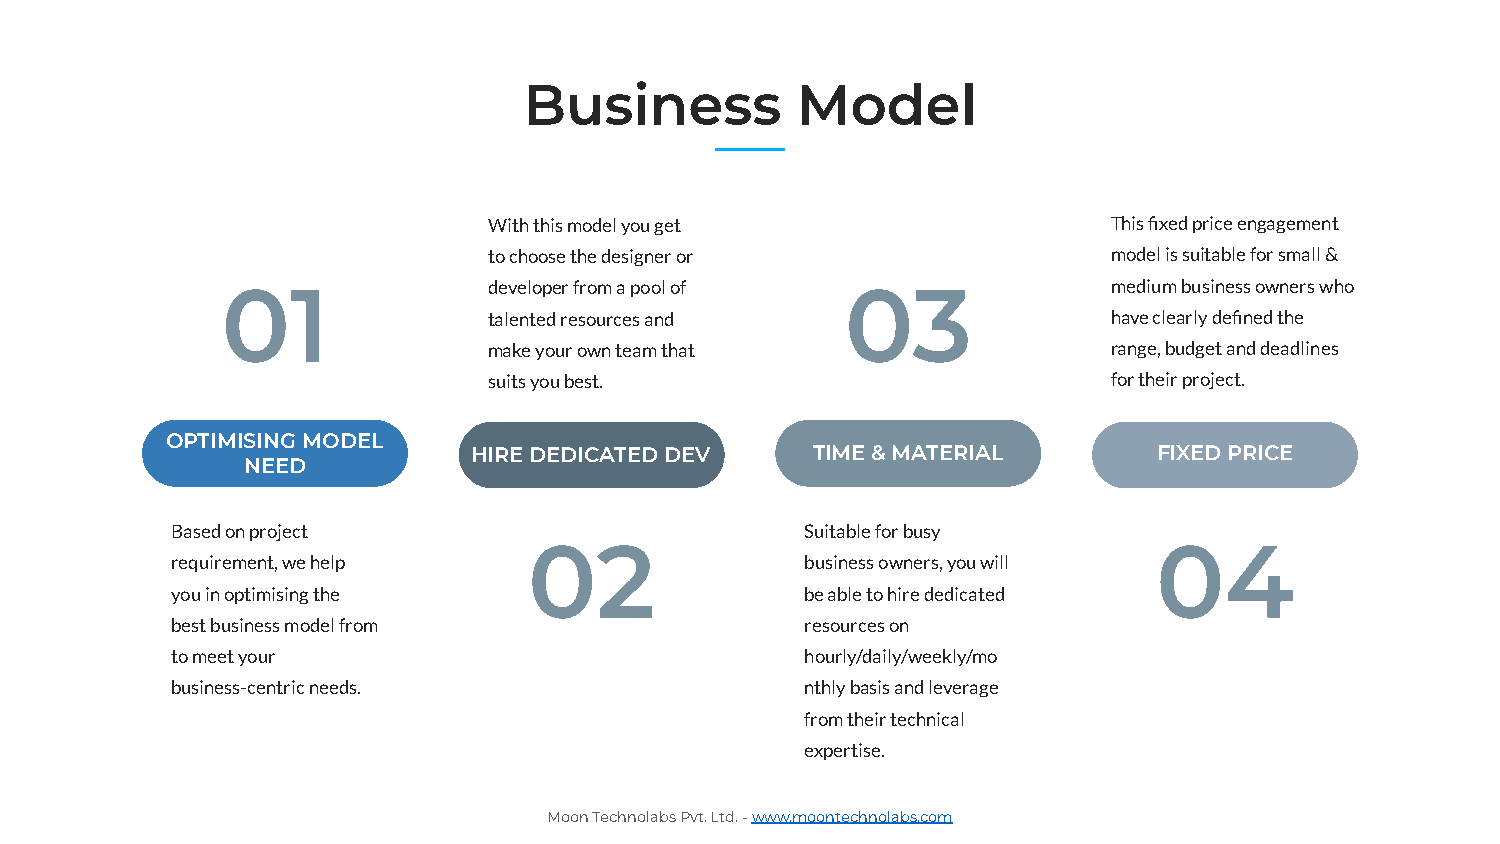
Business          Model
 With this model you get                   This fixed price engagement
 to choose the designer or                 model is suitable for small &
 01               developer from a pool of 03               medium business owners who
 talented resources and                    have clearly defined the
 make your own team that                   range, budget and deadlines
 suits you best.                           for their project.
 OPTIMISING MODEL
 HIRE DEDICATED DEV     TIME & MATERIAL        FIXED PRICE
 NEED
 Based on project                          Suitable for busy
 02                                        04
 requirement, we help                      business owners, you will
 you in optimising the                     be able to hire dedicated
 best business model from                  resources on
 to meet your                              hourly/daily/weekly/mo
 business-centric needs.                   nthly basis and leverage
 from their technical
 expertise.
 Moon Technolabs Pvt. Ltd. - www.moontechnolabs.com